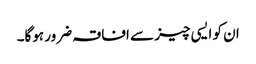
ان کو ایسی چیز سے افاقہ ضرور ہوگا۔